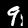
Label: 9